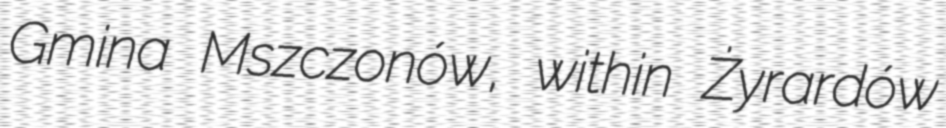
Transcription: Gmina Mszczonów, within Żyrardów